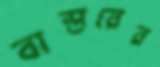
বাস্তরের